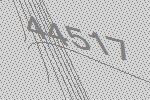
44517